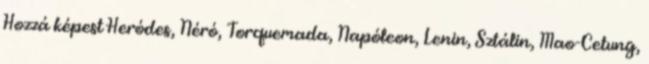
Hozzá képest Heródes, Néró, Torquemada, Napóleon, Lenin, Sztálin, Mao-Cetung,